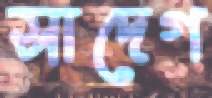
সাদেগ